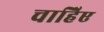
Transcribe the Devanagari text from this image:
चाहिेए